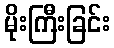
မိုးကြီးခြင်း